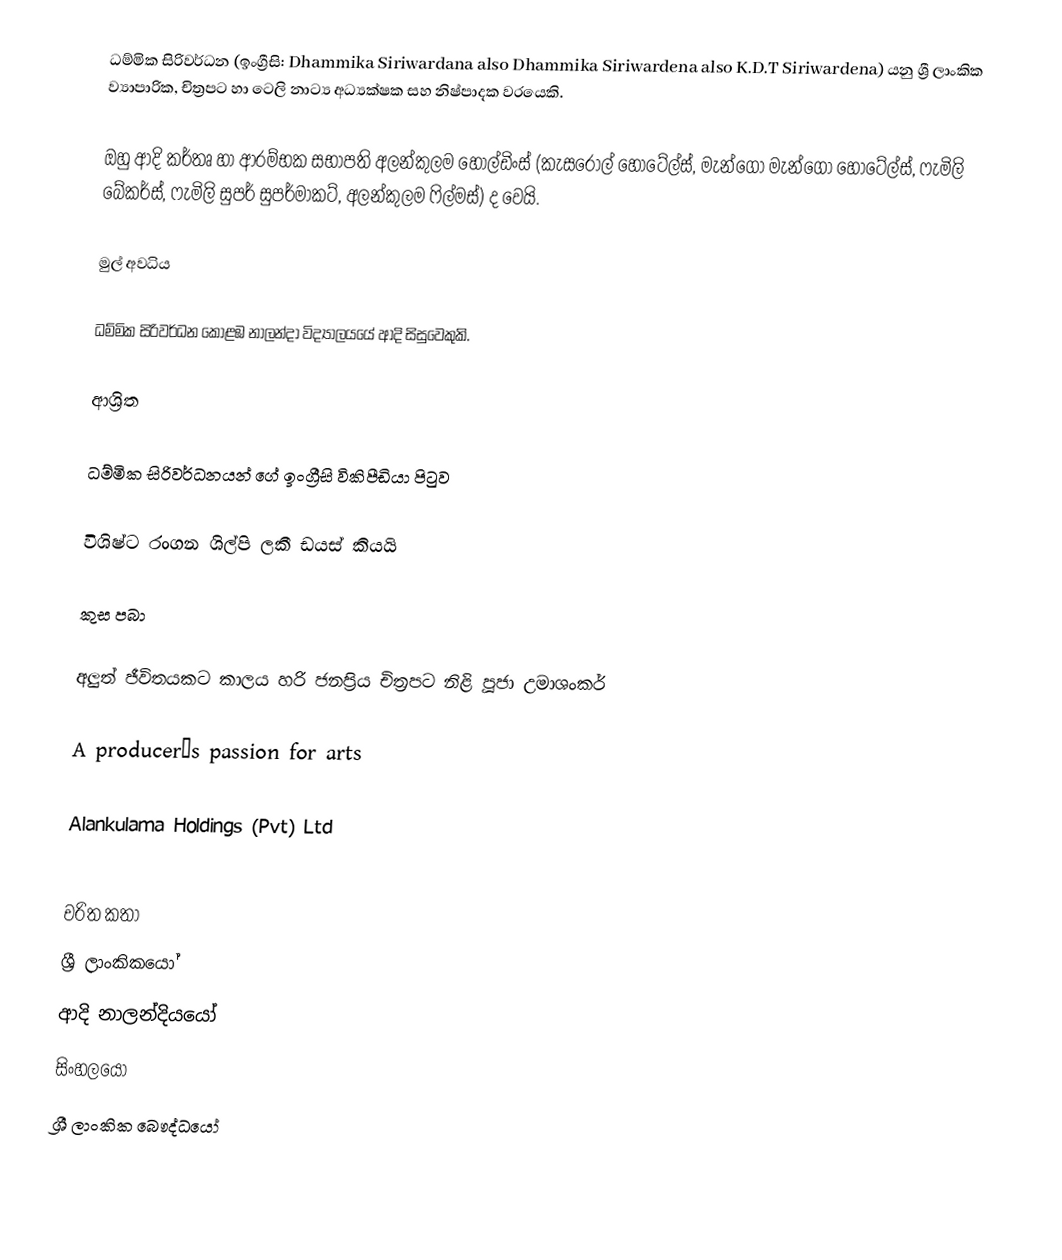
ධම්මික සිරිවර්ධන (ඉංග්‍රීසි: Dhammika Siriwardana also Dhammika Siriwardena also K.D.T Siriwardena) යනු ශ්‍රී ලාංකික ව්‍යාපාරික, චිත්‍රපට හා ටෙලි නාට්‍ය අධ්‍යක්ෂක සහ නිෂ්පාදක වරයෙකි.

ඔහු ආදි කර්තෘ හා ආරම්භක සභාපති අලන්කුලම හෝල්ඩිංස් (කැසරෝල් හොටේල්ස්, මැන්ගො මැන්ගො හොටේල්ස්, ෆැමිලි බේකර්ස්, ෆැමිලි සුපර් සුපර්මාකට්, අලන්කුලම ෆිල්මස්) ද වෙයි.

මුල් අවධිය

ධම්මික සිරිවර්ධන  කොළඹ නාලන්දා විද්‍යාලයයේ ආදි සිසුවෙකුකි.

ආශ්‍රිත

 ධම්මික සිරිවර්ධනයන් ගේ ඉංග්‍රීසි විකිපීඩියා පිටුව

 විශිෂ්ට රංගන ශිල්පි ලකී ඩයස් කියයි

 කුස පබා

 අලුත් ජීවිතයකට කාලය හරි ජනප්‍රිය චිත්‍රපට නිළි පූජා උමාශංකර්

 A producer’s passion for arts

 Alankulama Holdings (Pvt) Ltd

චරිත කතා
ශ්‍රී ලාංකිකයෝ
ආදි නාලන්දියයෝ
සිංහලයෝ
ශ්‍රී ලාංකික බෞද්ධයෝ